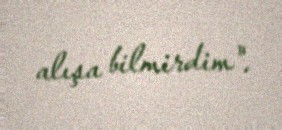
alışa bilmirdim".